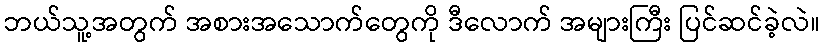
ဘယ်သူ့အတွက် အစားအသောက်တွေကို ဒီလောက် အများကြီး ပြင်ဆင်ခဲ့လဲ။